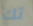
تك